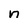
Character: n